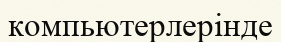
компьютерлерінде